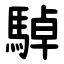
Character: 䮓